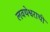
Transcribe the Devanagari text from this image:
लवथेश्वराची